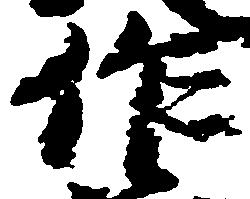
作